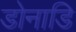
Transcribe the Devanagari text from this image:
डोनाडि